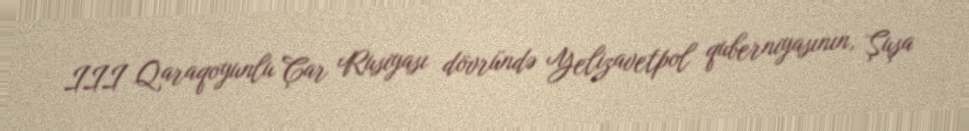
III Qaraqoyunlu Çar Rusiyası dövründə Yelizavetpol quberniyasının, Şuşa